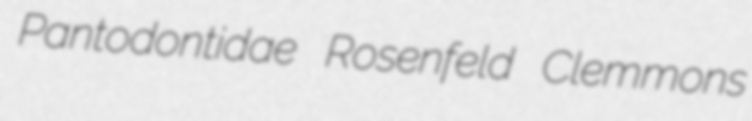
Pantodontidae Rosenfeld Clemmons